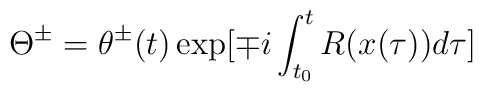
\Theta^\pm=\theta^\pm(t)\exp[\mp i\int_{t_0}^tR(x(\tau))d\tau]